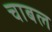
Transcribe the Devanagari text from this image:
चाबल